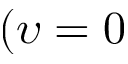
( \upsilon = 0